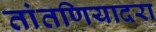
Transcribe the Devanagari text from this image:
तांतणियादरा